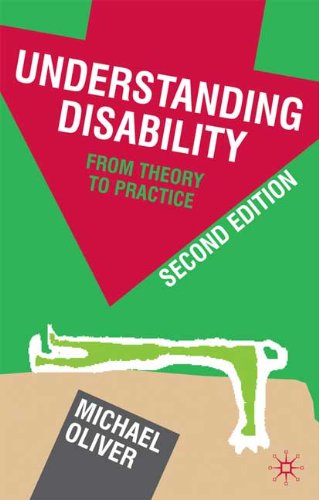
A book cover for Understanding Disability: From Theory to Practice; Michael Oliver; Law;